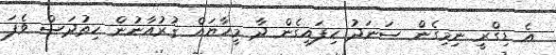
އެ ޑިގްރީ ނިމިގެން ސަނަދު ހިފައިގެން ދާ މީހާޔައް ޤުރުއާނުން ހިތުދަސް ވެފަ